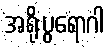
အရိုးပွရောဂါ